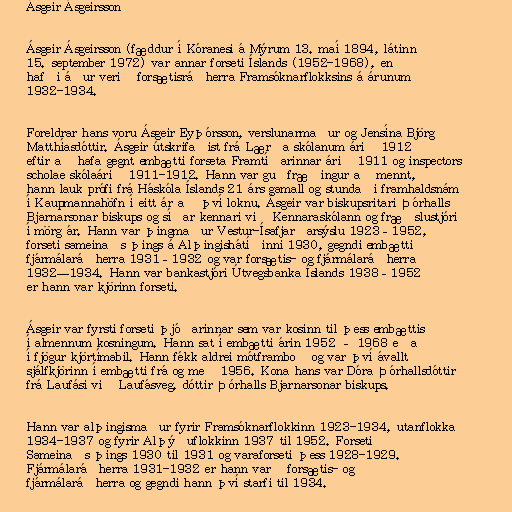
Ásgeir Ásgeirsson

Ásgeir Ásgeirsson (fæddur í Kóranesi á Mýrum 13. maí 1894, látinn
15. september 1972) var annar forseti Íslands (1952-1968), en
hafði áður verið forsætisráðherra Framsóknarflokksins á árunum
1932-1934.

Foreldrar hans voru Ásgeir Eyþórsson, verslunarmaður og Jensína Björg
Matthíasdóttir. Ásgeir útskrifaðist frá Lærða skólanum árið 1912
eftir að hafa gegnt embætti forseta Framtíðarinnar árið 1911 og inspectors
scholae skólaárið 1911-1912. Hann var guðfræðingur að mennt,
hann lauk prófi frá Háskóla Íslands 21 árs gamall og stundaði framhaldsnám
í Kaupmannahöfn í eitt ár að því loknu. Ásgeir var biskupsritari Þórhalls
Bjarnarsonar biskups og síðar kennari við Kennaraskólann og fræðslustjóri
í mörg ár. Hann var þingmaður Vestur-Ísafjarðarsýslu 1923–1952,
forseti sameinaðs þings á Alþingishátíðinni 1930, gegndi embætti
fjármálaráðherra 1931–1932 og var forsætis- og fjármálaráðherra
1932—1934. Hann var bankastjóri Útvegsbanka Íslands 1938–1952
er hann var kjörinn forseti.

Ásgeir var fyrsti forseti þjóðarinnar sem var kosinn til þess embættis
í almennum kosningum. Hann sat í embætti árin 1952 – 1968 eða
í fjögur kjörtímabil. Hann fékk aldrei mótframboð og var því ávallt
sjálfkjörinn í embætti frá og með 1956. Kona hans var Dóra Þórhallsdóttir
frá Laufási við Laufásveg, dóttir Þórhalls Bjarnarsonar biskups.

Hann var alþingismaður fyrir Framsóknarflokkinn 1923-1934, utanflokka
1934-1937 og fyrir Alþýðuflokkinn 1937 til 1952. Forseti
Sameinaðs þings 1930 til 1931 og varaforseti þess 1928-1929.
Fjármálaráðherra 1931-1932 er hann varð forsætis- og
fjármálaráðherra og gegndi hann því starfi til 1934.